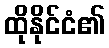
ထိုနိုင်ငံ၏